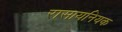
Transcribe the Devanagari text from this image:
रासायनियक